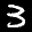
Label: 3